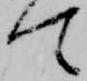
て